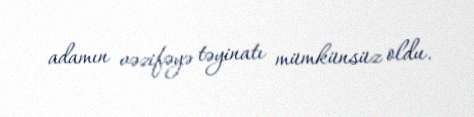
adamın vəzifəyə təyinatı mümkünsüz oldu.